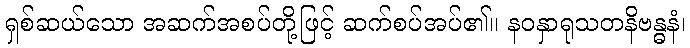
ရှစ်ဆယ်သော အဆက်အစပ်တို့ဖြင့် ဆက်စပ်အပ်၏။ နဝနှာရုသတနိဗန္ဓနံ၊